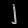
Digit: ၂